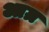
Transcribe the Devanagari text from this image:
आग्र